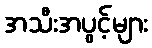
အသီးအပွင့်များ